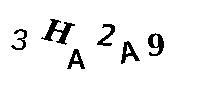
3HA2A9